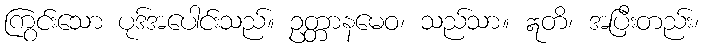
ကြွင်းသော ပုဒ်အပေါင်းသည်။ ဥတ္တာနမေဝ၊ သည်သာ။ ဣတိ၊ အပြီးတည်း၊